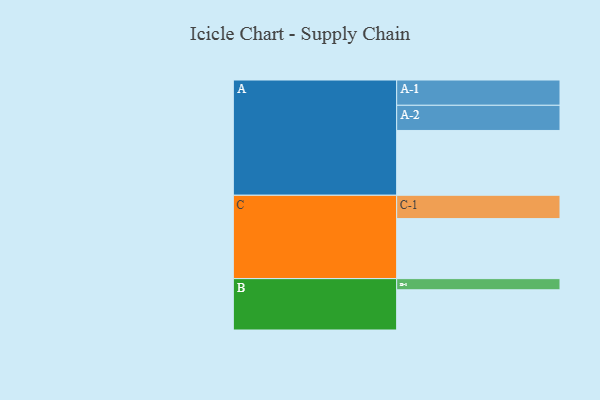
{"axis": {"x": "Segment", "y": "Value"}, "legend": ["", "A", "B", "C"], "data": [{"x": "A", "y": 569, "type": ""}, {"x": "B", "y": 353, "type": ""}, {"x": "C", "y": 527, "type": ""}, {"x": "A-1", "y": 222, "type": "A"}, {"x": "A-2", "y": 221, "type": "A"}, {"x": "B-1", "y": 98, "type": "B"}, {"x": "C-1", "y": 205, "type": "C"}]}